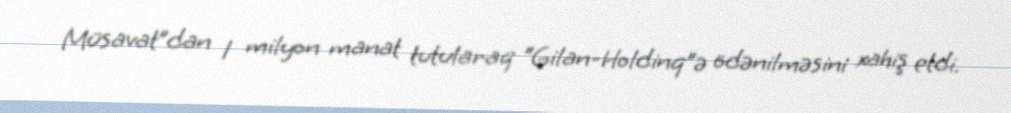
Müsavat”dan 1 milyon manat tutularaq “Gilan-Holdinq”ə ödənilməsini xahiş etdi.